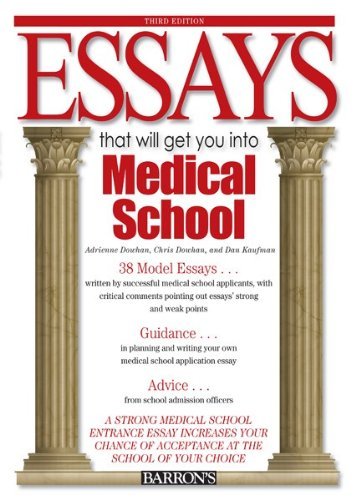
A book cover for Essays That Will Get You into Medical School (Barron's Essays That Will Get You Into Medical School) [Paperback] [2009] (Author) Dan Kaufman, Chris Dowhan, Adrienne Dowhan; Education & Teaching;